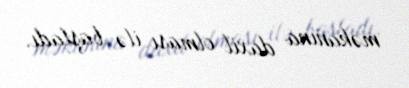
məkanına daxil olması ilə başladı.